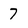
Character: 7